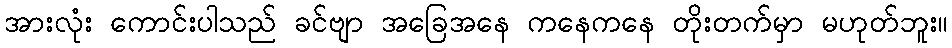
အားလုံး ကောင်းပါသည် ခင်ဗျာ အခြေအနေ ကနေကနေ တိုးတက်မှာ မဟုတ်ဘူး။